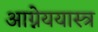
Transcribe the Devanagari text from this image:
आग्नेययास्त्र